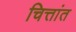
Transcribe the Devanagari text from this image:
चित्तांत